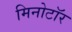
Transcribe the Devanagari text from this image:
मिनोटॉर